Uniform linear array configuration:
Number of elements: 32
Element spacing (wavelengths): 0.75
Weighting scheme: binomial
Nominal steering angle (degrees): -60
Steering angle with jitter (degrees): -60.631
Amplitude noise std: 0.05
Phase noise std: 0.05

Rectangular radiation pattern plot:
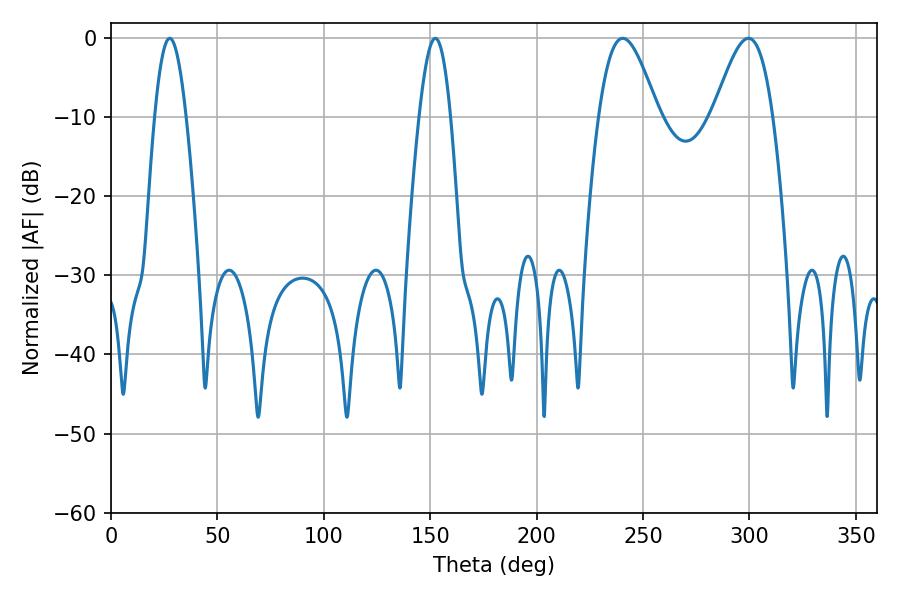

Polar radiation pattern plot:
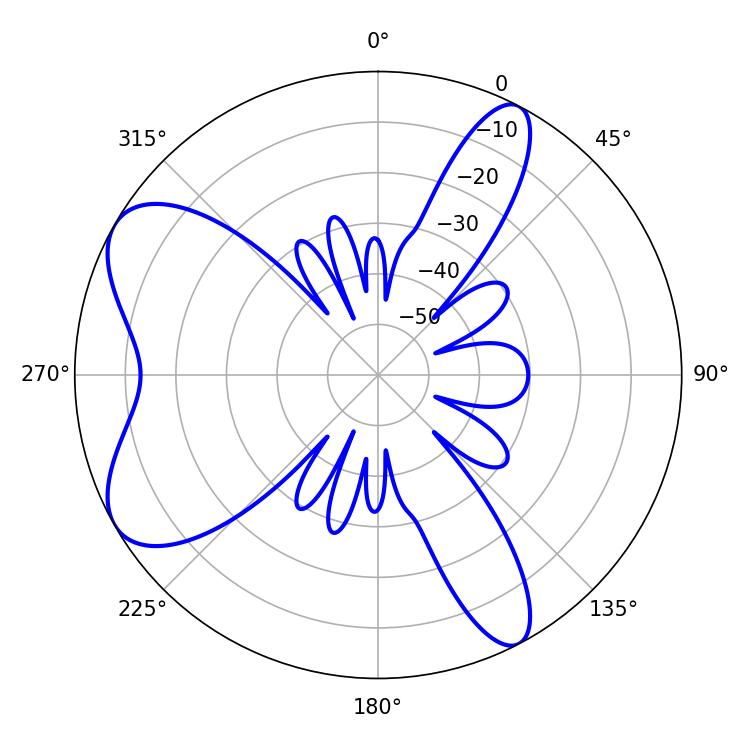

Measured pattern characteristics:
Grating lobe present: TRUE
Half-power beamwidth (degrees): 14.94
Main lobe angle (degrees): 240.48